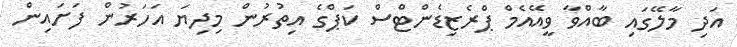
އަދި މާލޭގައި ބާއްވާ ވީއޭއެމް ޕްރެޒިޑެންޓްސް ކަޕްގެ އިތުރުން މިދިޔަ އަހަރުން ފަށައިން